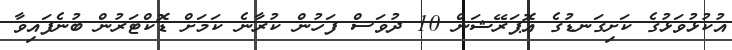
އުކުޅުވަޅުގެ ކަށިގަނޑުގެ އޮޕަރޭޝަން 10 ދުވަސް ފަހުން ކުރާނެ ކަމަށް ޑޮކްޓަރުން ބުނެފައިވާ